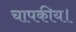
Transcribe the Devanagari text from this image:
चापकीय।